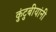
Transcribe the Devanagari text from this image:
कुंटुबीयांनी